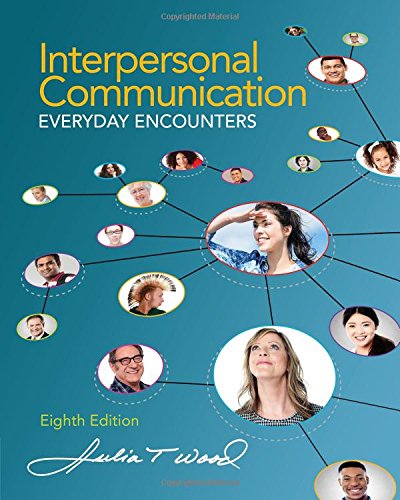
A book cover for Interpersonal Communication: Everyday Encounters; Julia T. Wood; Humor & Entertainment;